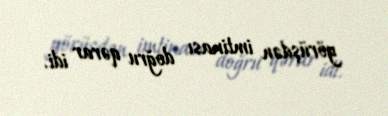
görüşdən imtinası doğru qərar idi.